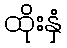
ထိုးနှံ